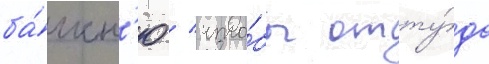
ба́шн'ю / что́бы отту́да